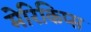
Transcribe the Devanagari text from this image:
मेरिकिप्स